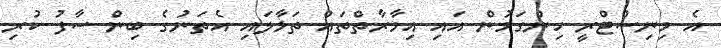
އެ މިނިސްޓްރީ ހިންގަމުން އައި އިމާރާތްތައް ތަޅާލައި އެތަނުގެ ބިން ސާފު ކުރި